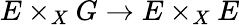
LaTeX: E\times_{X}G\rightarrow E\times_{X}E